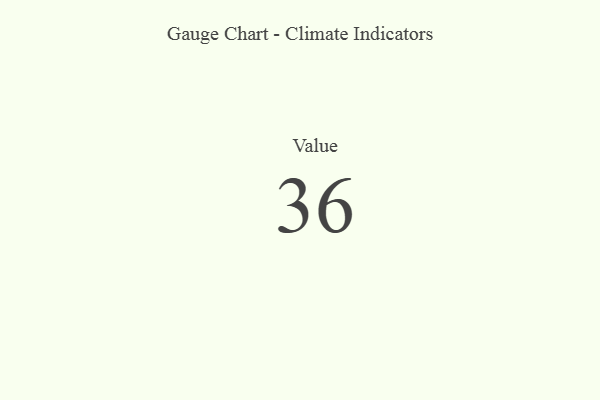
{"axis": {"x": "Metric", "y": "Value"}, "legend": [""], "data": [{"x": "Value", "y": 36, "type": ""}]}